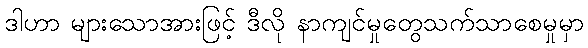
ဒါဟာ များသောအားဖြင့် ဒီလို နာကျင်မှုတွေသက်သာစေမှုမှာ